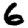
Digit: 6